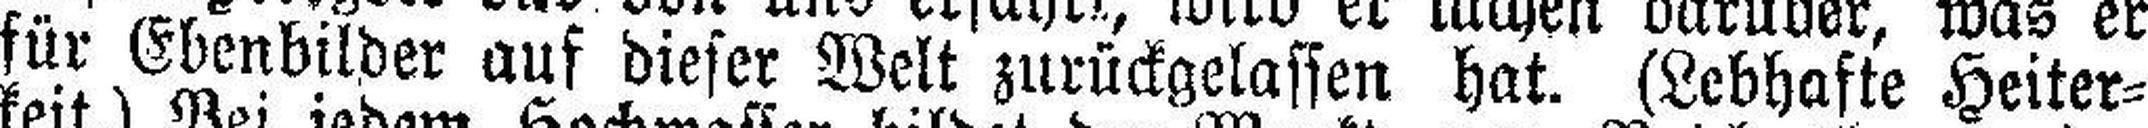
für Ebenbilder auf dieser Welt zurückgelassen hat. (Lebhafte Heiter¬